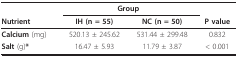
<table><thead><tr><td></td><td colspan="2"><b>Group</b></td><td></td></tr><tr><td><b>Nutrient</b></td><td><b>IH (n = 55)</b></td><td><b>NC (n = 50)</b></td><td><b>P value</b></td></tr></thead><tbody><tr><td><b>Calcium </b>(mg)</td><td>520.13 ± 245.62</td><td>531.44 ± 299.48</td><td>0.832</td></tr><tr><td><b>Salt </b>(g)<b>*</b></td><td>16.47 ± 5.93</td><td>11.79 ± 3.87</td><td>&lt; 0.001</td></tr></tbody></table>